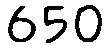
650